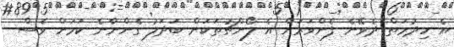
އެ ހިދުމަތް ދެވޭނެ ފެންވަރަށް އެ ލޯންޗުތަކަށް ބަދަލު ގެންނާނެ ކަމަށް ވެސް